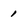
Character: 1